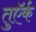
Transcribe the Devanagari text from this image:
तुऍर्क